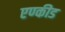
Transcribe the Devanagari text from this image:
एण्कीड